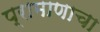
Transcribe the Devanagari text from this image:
प्रामाणाचा